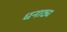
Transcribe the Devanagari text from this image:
धनाठ्य